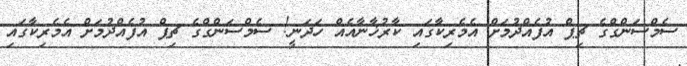
ސެމްސަންގްގެ ޗިޕް އުފެއްދުމަށް އެމެރިކާގައި ކާރުޚާނާއެއް ހަދަނީ! ސެމްސަންގްގެ ޗިޕް އުފެއްދުމަށް އެމެރިކާގައި